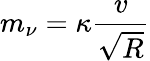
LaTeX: m_{\nu}=\kappa\frac{v}{\sqrt{R}}